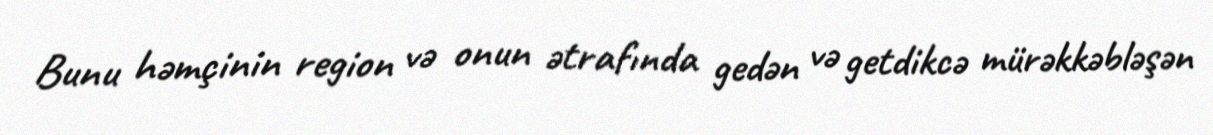
Bunu həmçinin region və onun ətrafında gedən və getdikcə mürəkkəbləşən